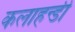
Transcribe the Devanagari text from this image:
कलाहन्डी